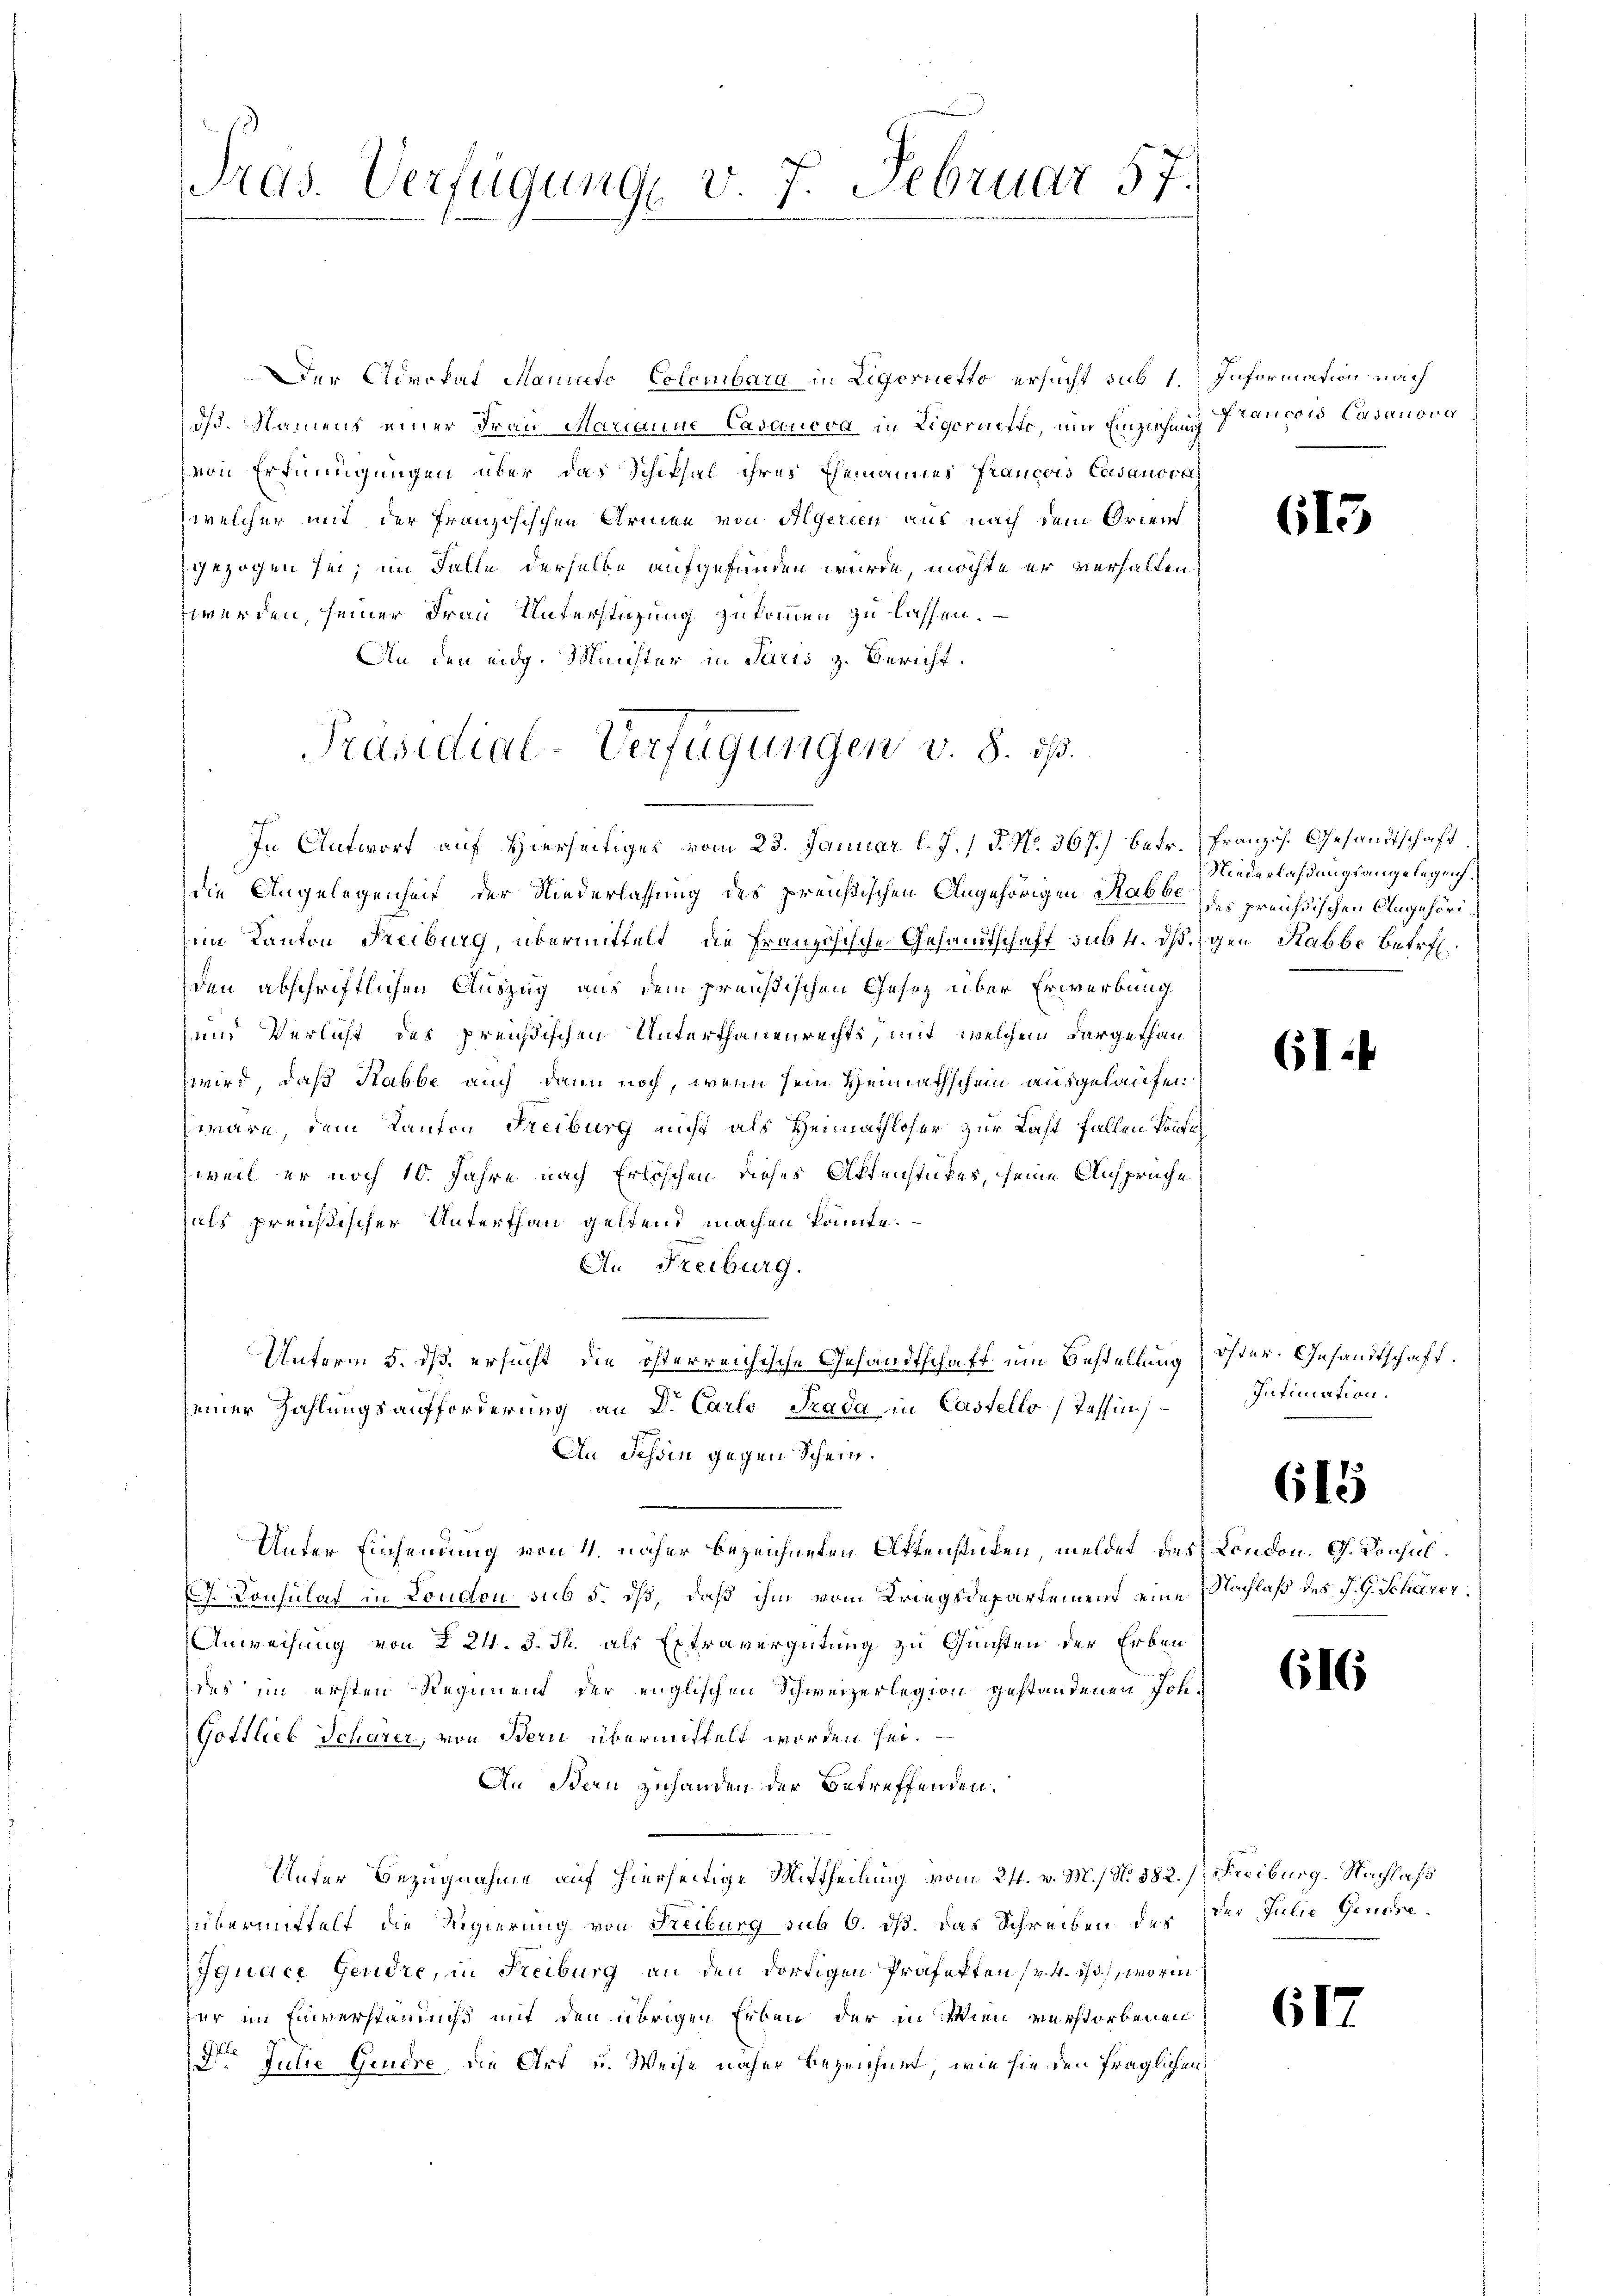
Pras. Verfügung v. 7. Februar 57.

Der Advokat Manneto Colombara in Ligernetto ersucht sub 1.
dß. Namens einer Frau Marianne Casanova in Ligorietto, um Einziehung
von Erfündigungen über das Schiksal ihres Ehemannes Francois Casanora
welcher mit der französischen Armen von Algerien aus nach dem Orient
gezogen sei; im Falle derselbe aufgefunden wurde, möchte er verhalten,
werden, seiner Frau Unterstüzung zukommen zu lassen.
An den eidg. Minister in Paris z. Bericht.
die Angelegenheit der Niederlassung des preußischen Angehörigen Rabbe
im Kanton Freiburg, übermittelt, die Franzische Gesandtschaft sub 4. ds. gen Rabbo betreff.
den abschriftlichen Auszug aus dem preußischen Gesetz über Erwerbung
und Verlicht des preußischen Unterthanenrechts, mit, welchem dargethan
wird, daß Rabbe auch dann noch, wenn sein Heimathschein ausgelaufen.
wäre, dem Kanton Freiburg nicht als Heimathloser zur Last fallen könsich
weil er noch 10. Jahre nach Erlöschen dieses Aktenstükes, seine Ansprüche
hals preußischer Unterthan geltend machen könnte.
An Freiburg.
Unterm 5. dß ersucht, die österreichische Gesandtschaft um Bestellung
seiner Zahlungsaufforderung an Dr. Carlo Trada, in Castello Tessin
An Schön gegen Schein.
Unter Einsendung von 4 näher bezeichneten Aktenstücken, meldet das London. G. Konsul¬
J. Konsulat in London sub 5. dß, daß ihm vom Kriegsdepartemend eine Nachlaß des J. G. Schärer
Anweisung von § 24. d. J. als Extravergütung zu Gunsten der Erben
des im ersten Regiment der englischen Schweizerlegion gestandenen Joh
Gottlieb Scharer, von Bern übermittelt worden sei.
An Bau zuhanden der Betreffenden.
Unter Bezugnahme auf hierseitige Mittheilung vom 21. v. M. / N. 382.) Freiburg. Nachlaß
übermittelt, die Regierung von Reiburg sub 6. ds. das Schreiben des
Iquace Gendre, in Freiburg an den dortigen Präfekten (v. 4. 113), worin
fer im Einverständiß mit den übrigen Erben der in Wien verstorbenen
(Dr. Julie Gendre, die Art u. Weise näher bezeichnet, wie sie den fraglichen

Präsidial-Verfügungen v. 8. ds.

In Antwort auf Hierseitiger vom 23. Januar l. J. / P. No. 367.) Betr. Französ. Gesandtschaft

613

Niederlaßungsangelegens.
des preußischen Angehöri¬

Information nach
Arancois Casanova

61:

öfter. Gesandtschaft.
Intimation.

615

616

der Julio Genere.

617